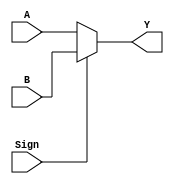
`timescale 1ns / 1ps

module Data_Selector2(
    input [31:0] A, B,
    input Sign,
    output reg [31:0] Y
    );
    always@(A or B or Sign) begin
        Y = Sign ? B : A; //1A
    end
endmodule